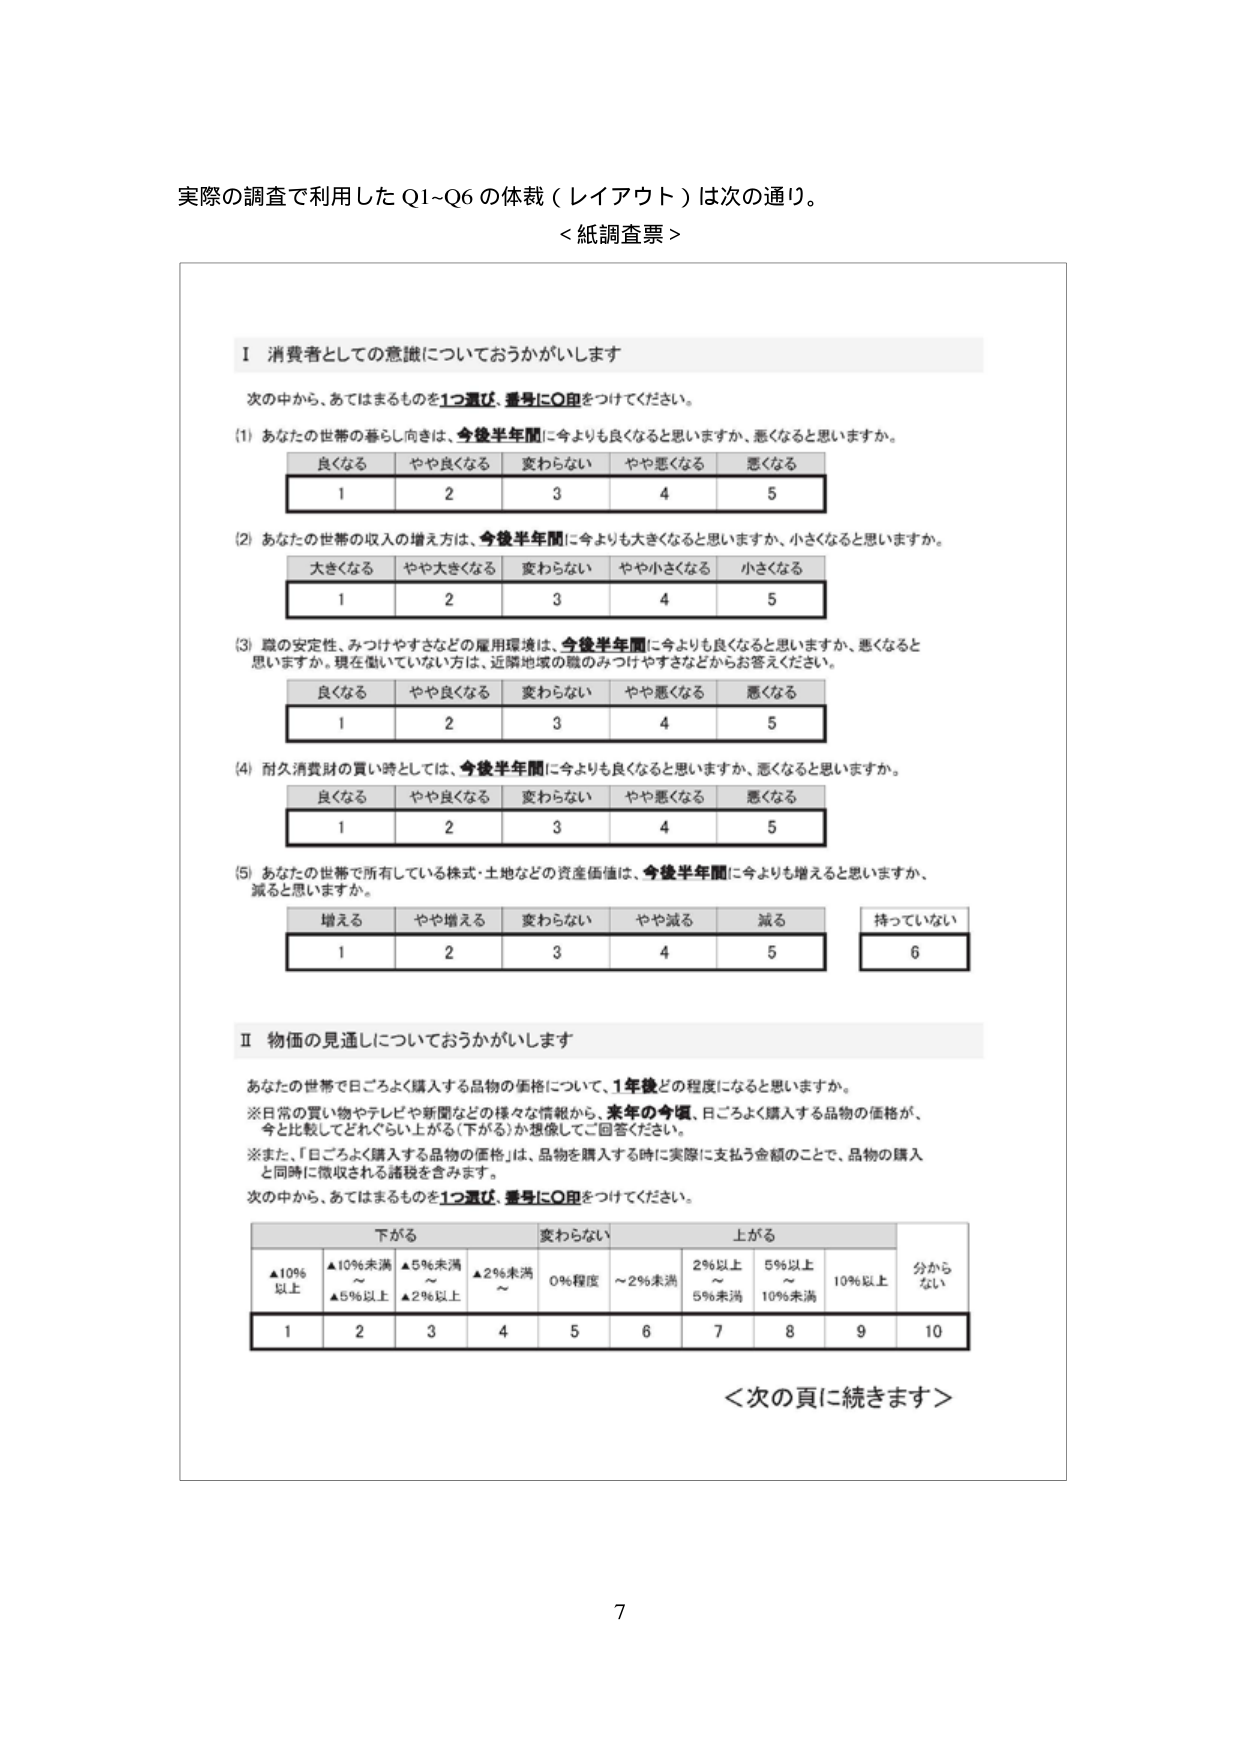
実際の調査で利用した Q1~Q6 の体裁（レイアウト）は次の通り。
＜紙調査票＞

Ⅰ 消費者としての意識についておうかがいします

次の中から、あてはまるものを1つ選び、番号に○印をつけてください。

(1) あなたの世帯の暮らし向きは、今後半年間に今よりも良くなると思いますか、悪くなると思いますか。
　　良くなる　　やや良くなる　　変わらない　　やや悪くなる　　悪くなる
　　1　　　　　　2　　　　　　3　　　　　　4　　　　　　5

(2) あなたの世帯の収入の増え方は、今後半年間に今よりも大きくなると思いますか、小さくなると思いますか。
　　大きくなる　　やや大きくなる　　変わらない　　やや小さくなる　　小さくなる
　　1　　　　　　2　　　　　　3　　　　　　4　　　　　　5

(3) 職の安定性、みつけやすさなどの雇用環境は、今後半年間に今よりも良くなると思いますか、悪くなると思いますか。現在働いていない方は、近隣地域の職のみつけやすさなどからお答えください。
　　良くなる　　やや良くなる　　変わらない　　やや悪くなる　　悪くなる
　　1　　　　　　2　　　　　　3　　　　　　4　　　　　　5

(4) 耐久消費財の買い時としては、今後半年間に今よりも良くなると思いますか、悪くなると思いますか。
　　良くなる　　やや良くなる　　変わらない　　やや悪くなる　　悪くなる
　　1　　　　　　2　　　　　　3　　　　　　4　　　　　　5

(5) あなたの世帯で所有している株式・土地などの資産価値は、今後半年間に今よりも増えると思いますか、減ると思いますか。
　　増える　　やや増える　　変わらない　　やや減る　　減る　　持っていない
　　1　　　　2　　　　　　3　　　　　　4　　　　5　　　　6

Ⅱ 物価の見通しについておうかがいします

あなたの世帯で日ごろよく購入する品物の価格について、1年後どの程度になると思いますか。
※日常の買い物やテレビや新聞などの様々な情報から、来年の今頃、日ごろよく購入する品物の価格が、
　今と比較してどれぐらい上がる（下がる）か想像してご回答ください。
※また、「日ごろよく購入する品物の価格」は、品物を購入する時に実際に支払う金額のことで、品物の購入
　と同時に徴収される諸税を含みます。
次の中から、あてはまるものを1つ選び、番号に○印をつけてください。

　　　　　下がる　　　　　　　変わらない　　　　　　上がる
　　▲10%以上　　▲10%未満～▲5%以上　　▲5%未満～▲2%以上　　0%程度　　～2%未満　　2%以上～5%未満　　5%以上～10%未満　　10%以上　　分からない
　　　　　　　　▲5%以上　　　　　　▲2%以上
　　1　　　　　　2　　　　　　　　3　　　　　　　　4　　　　　　5　　　　　　6　　　　　　7　　　　　　8　　　　　　9　　　　　　10

＜次の頁に続きます＞

7